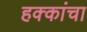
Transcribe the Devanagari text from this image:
हक्‍कांचा